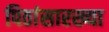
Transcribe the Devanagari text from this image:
पिठांसारख्या